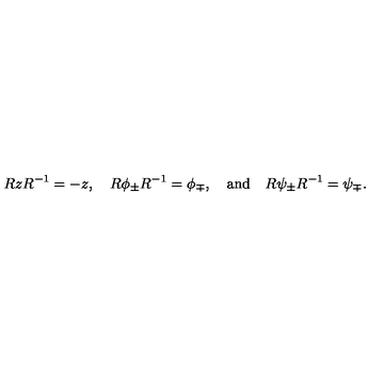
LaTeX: R z R ^ { - 1 } = - z , \quad R \phi _ { \pm } R ^ { - 1 } = \phi _ { \mp } , \quad \mathrm { a n d } \quad R \psi _ { \pm } R ^ { - 1 } = \psi _ { \mp } .